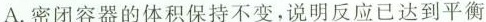
A.密闭容器的体积保持不变，说明反应已达到平衡